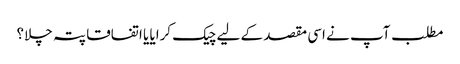
مطلب آپ نے اسی مقصد کے لیے چیک کرایا یا اتفاقا پتہ چلا؟